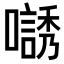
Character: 𡁹